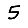
Digit: 5